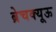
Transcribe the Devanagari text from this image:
ब्रेचक्यूऊ